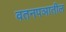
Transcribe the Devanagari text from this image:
वतनपञातील